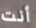
أنت